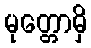
မုတ္တောမှိ